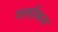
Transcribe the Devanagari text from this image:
गलबिस